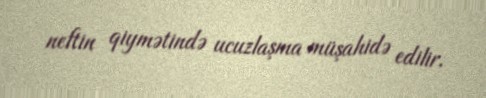
neftin qiymətində ucuzlaşma müşahidə edilir.